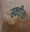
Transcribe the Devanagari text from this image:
स्क्वीक